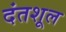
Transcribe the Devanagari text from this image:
दंतशूल